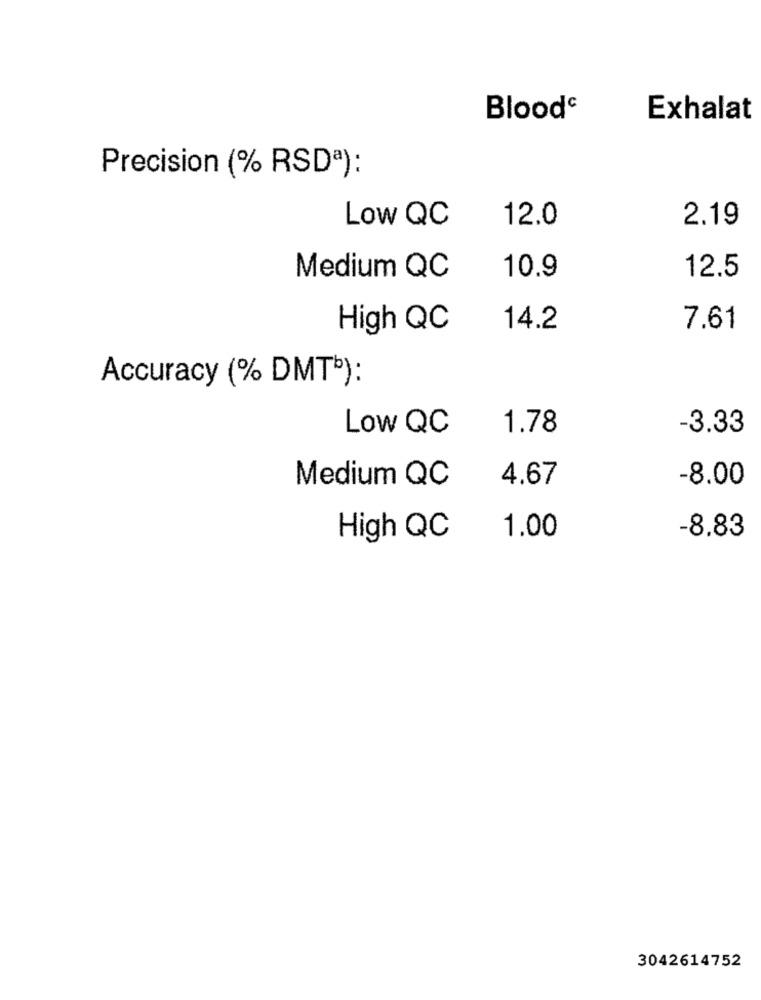
Bloode
Exhalat
Precision (% RSDª):
Low QC
12.0
2.19
10.9
12.5
Medium QC
High QC
14.2
7.61
Accuracy (% DMT'):
Low QC
1.78
-3.33
Medium QC
-8.00
4.67
High QC
1.00
-8.83
3042614752